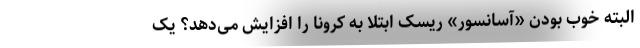
البته خوب بودن «آسانسور» ریسک ابتلا به کرونا را افزایش می‌دهد؟ یک